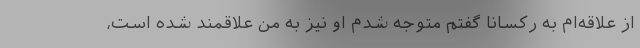
از علاقه‌ام به رکسانا گفتم متوجه شدم او نیز به من علاقمند شده است،